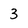
Character: 3